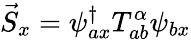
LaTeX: \vec{S}_{x}=\psi_{ax}^{\dagger}T_{ab}^{\alpha}\psi_{bx}